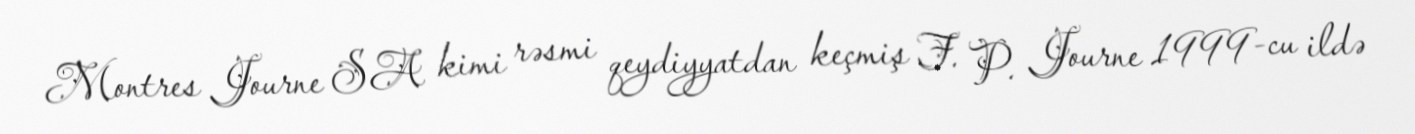
Montres Journe SA kimi rəsmi qeydiyyatdan keçmiş F. P. Journe 1999-cu ildə